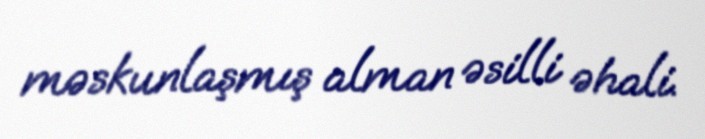
məskunlaşmış alman əsilli əhali.